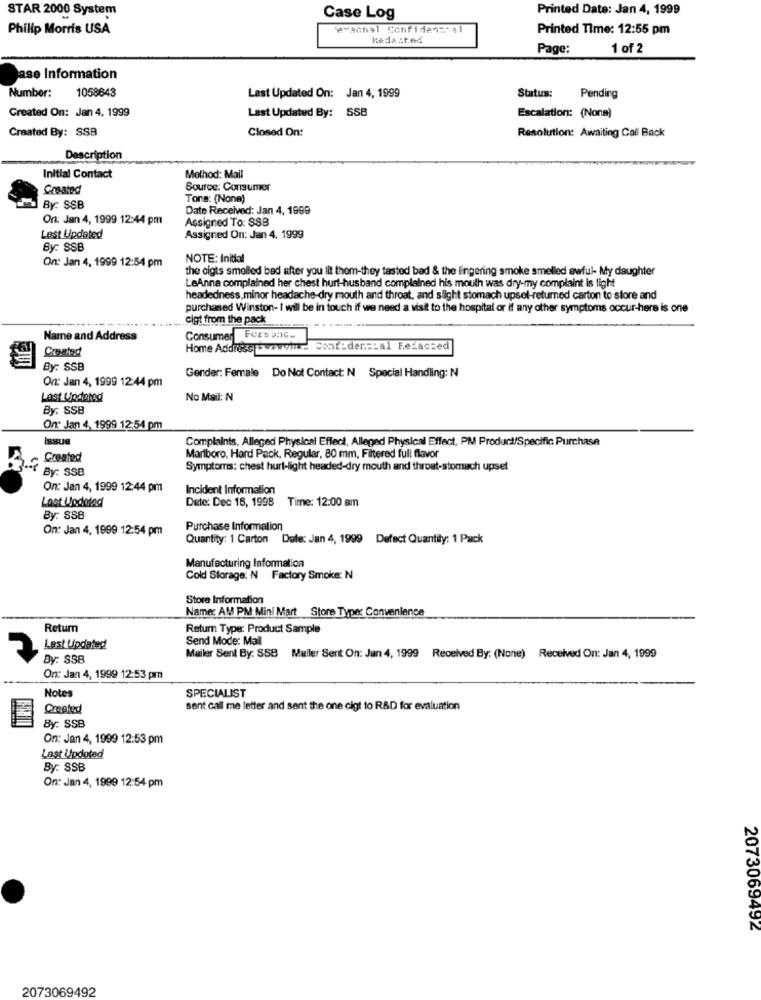
STAR 2000 System
Printed Date: Jan 4, 1999
Case Log
Philip Morris USA
'eMachal Confidens- Al
Printed Time: 12:55 pm
KAda sted
Page:
1 of 2
ase Information
Number:
1058843
Last Updated On: Jan 4, 1999
Status:
Pending
Created On: Jan 4, 1999
Last Updated By: SSB
Escalation: (Nona)
Created By: SSB
Closed On:
Resolution: Awaiting Call Back
Description
Initial Contact
Method: Mail
Created
Source: Consumer
Tons: (None)
By: SSB
Date Received: Jan 4, 1999
On: Jan 4, 1999 12:44 pm
Assigned To: 88B
Lest Updated
Assigned On: Jan 4, 1999
By: SSB
On: Jan 4, 1999 12:54 pm
NOTE: Initial
the cigts smelled bed after you lit them-they tasted bad & the lingering smoke smelled awful- My daughter
LeAnna complained her chest hurt-husband complained his mouth was dry-my complaint is light
headedness, minor headache-dry mouth and throat, and slight stomach upsel-returned carton to store and
purchased Winston- I will be in touch if we need a visit to the hospital or if any other symptoms occur-here is one
cigt from the pack
Name and Address
Consumer Forvent.
Created
Home Address =wewont-
Confidencial Felaczed
By: SSB
On: Jan 4, 1999 12:44 pm
Gender: Female Do Not Contact: N Special Handling: N
Last Updated
No Mail: N
By: SSB
On Jan 4, 1999 12:54 pm
Issue
Complaints, Alleged Physical Effect, Alleged Physical Effect, PM Product/Specific Purchase
Created
Marlboro, Hard Pack, Regular, 80 mm, Filtered full flavor
Symptoms: chest hurt-light headed-dry mouth and throat-stomach upset
3-4 By: SSB
On: Jan 4, 1999 12:44 pm
Incident Information
Last Updated
Date: Dec 16, 1998
Time: 12:00 am
By: SSB
On: Jan 4, 1999 12:54 pm
Purchase Information
Quantity: 1 Carton Date: Jan 4, 1999 Defect Quantity: 1 Pack
Manufacturing Information
Cold Storage: N Factory Smoke: N
Store Information
Name: AM PM Mini Mart Store Type: Convenience
Return
Return Type: Product Sample
Send Mode: Mail
Last Updated
By: SSB
Mailer Sent By: SSB
Meller Sent On: Jan 4, 1999 Received By: (None) Received On: Jan 4, 1999
On: Jan 4, 1999 12:53 pm
Notes
SPECIALIST
Created
sent call me letter and sent the one cigt to R&D for evaluation
By: SSB
On: Jan 4, 1999 12:53 pm
Last Updated
By: SSB
On: Jan 4, 1999 12:54 pm
2073069492
2073069492